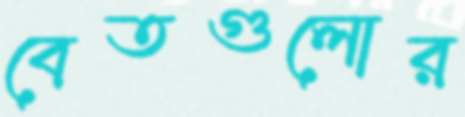
বেতগুলোর